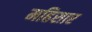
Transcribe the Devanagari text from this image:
महिसार